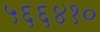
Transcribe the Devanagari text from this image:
५६६४१०